Report of the Indian Hemp Drugs Commission, 1894-1895 - Volume VII
Year: 1894
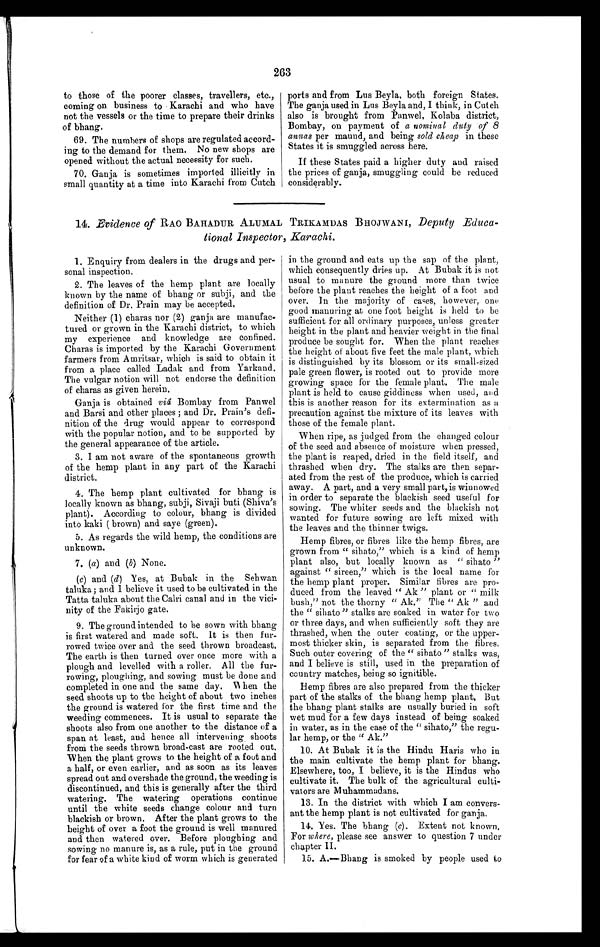
263
to those of the poorer classes, travellers, etc.,
coming on business to Karachi and who have
not the vessels or the time to prepare their drinks
of bhang.
69. The numbers of shops are regulated accord--
ing to the demand for them. No new shops are
opened without the actual necessity for such.
70. Ganja is sometimes imported illicitly in
small quantity at a time into Karachi from Cutch
ports and from Lus Beyla, both foreign States.
The ganja used in Lus Beyla and, I think, in Cutch
also is brought from Panwel, Kolaba district,
Bombay, on payment of a nominal duty of 8
annas per maund, and being sold cheap in these
States it is smuggled across here.
If these States paid a higher duty and raised
the prices of ganja, smuggling could be reduced
considerably.
14. Evidence of RAO BAHADUR ALUMAL TRIKAMDAS BHOJWANI, Deputy Educa-
tional Inspector, Karachi.
1. Enquiry from dealers in the drugs and per-
sonal inspection.
2. The leaves of the hemp plant are locally
known by the name of bhang or subji, and the
definition of Dr. Prain may be accepted.
Neither (1) charas nor (2) ganja are manufac-
tured or grown in the Karachi district, to which
my experience and knowledge are confined.
Charas is imported by the Karachi Government
farmers from Amritsar, which is said to obtain it
from a place called Ladak and from Yarkand.
The vulgar notion will not endorse the definition
of charas as given herein.
Ganja is obtained vid Bombay from Panwel
and Barsi and other places; and Dr. Prain's defi-
nition of the drug would appear to correspond
with the popular notion, and to be supported by
the general appearance of the article.
3. I am not aware of the spontaneous growth
of the hemp plant in any part of the Karachi
district.
4. The hemp plant cultivated for bhang is
locally known as bhang, subji, Sivaji buti (Shiva's
plant). According to colour, bhang is divided
into kaki ( brown) and saye (green).
5. As regards the wild hemp, the conditions are
unknown.
7. (a ) and (b) None.
( c) and (d) Yes, at Bubak in the Sehwan
taluka; and I believe it used to be cultivated in the
Tatta taluka about the Calri canal and in the vici-
nity of the Fakirjo gate.
9. The ground intended to be sown with bhang
is first watered and made soft. It is then fur-
rowed twice over and the seed thrown broadcast.
The earth is then turned over once more with a
plough and levelled with a roller. All the fur-
rowing, ploughing, and sowing must be done and
completed in one and the same day. When the
seed shoots up to the height of about two inches
the ground is watered for the first time and the
weeding commences. It is usual to separate the
shoots also from one another to the distance of a
span at least, and hence all intervening shoots
from the seeds thrown broad-cast are rooted out.
When the plant grows to the height of a foot and
a half, or even earlier, and as soon as its leaves
spread out and overshade the ground, the weeding is
discontinued, and this is generally after the third
watering. The watering operations continue
until the white seeds change colour and turn
blackish or brown. After the plant grows to the
height of over a foot the ground is well manured
and then watered over. Before ploughing and
sowing no manure is, as a rule, put in the ground
for fear of a white kind of worm which is generated
in the ground and eats up the sap of the plant,
which consequently dries up. At Bubak it is not
usual to manure the ground more than twice
before the plant reaches the height of a foot and
over. In the majority of cases, however, One
good manuring at one foot height is held to be
sufficient for all ordinary purposes, unless greater
height in the plant and heavier weight in the final
produce be sought for. When the plant reaches
the height of about five feet the male plant, which
is distinguished by its blossom or its small-sized
pale green flower, is rooted out to provide more
growing space for the female plant. The male
plant is held to cause giddiness when used, and
this is another reason for its extermination as a
precaution against the mixture of its leaves with
those of the female plant.
When ripe, as judged from the changed colour
of the seed and absence of moisture when pressed,
the plant is reaped, dried in the field itself, and
thrashed when dry. The stalks are then separ-
ated from the rest of the produce, which is carried
away. A part, and a very small part, is winnowed
in order to separate the blackish seed useful for
sowing. The whiter seeds and the blackish not
wanted for future sowing are left mixed with
the leaves and the thinner twigs.
Hemp fibres, or fibres like the hemp fibres, are
grown from "sihato," which is a kind of hemp
plant also, but locally known as "sihato"
against "sireen," which is the local name for
the hemp plant proper. Similar fibres are pro-
duced from the leaved "Ak" plant or "milk
bush," not the thorny "Ak." The "Ak" and
the "sihato" stalks are soaked in water for two
or three days, and when sufficiently soft they are
thrashed, when the outer coating, or the upper-
most thicker skin, is separated from the fibres.
Such outer covering of the "sihato" stalks was,
and I believe is still, used in the preparation of
country matches, being so ignitible.
Hemp fibres are also prepared from the thicker
part of the stalks of the bhang hemp plant. But
the bhang plant stalks are usually buried in soft
wet mud for a few days instead of being soaked
in water, as in the case of the "sihato," the regu-
lar hemp, or the "Ak."
10. At Bubak it is the Hindu Haris who in
the main cultivate the hemp plant for bhang.
Elsewhere, too, I believe, it is the Hindus who
cultivate it. The bulk of the agricultural culti-
vators are Muhammadans.
13. In the district with which I am convers-
-ant the hemp plant is not cultivated for ganja.
14. Yes. The bhang ( c). Extent not known.
For where, please see answer to question 7 under
chapter II.
15. A.—Bhang is smoked by people used to